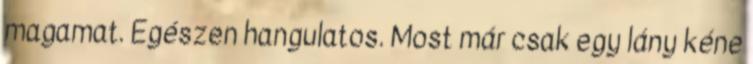
magamat. Egészen hangulatos. Most már csak egy lány kéne